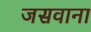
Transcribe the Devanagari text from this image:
जसवाना